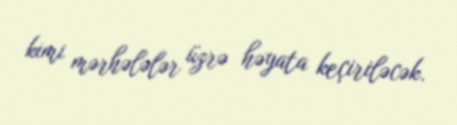
kimi mərhələlər üzrə həyata keçiriləcək.